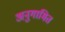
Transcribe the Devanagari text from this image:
अनुगामित